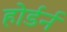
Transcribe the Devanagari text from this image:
होर्डर्न